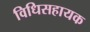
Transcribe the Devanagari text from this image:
विधिसहायक